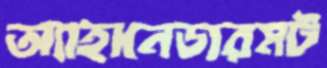
অ্যাহানেডারমট